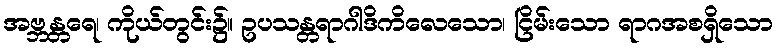
အဗ္ဘန္တရေ၊ ကိုယ်တွင်း၌။ ဥပသန္တရာဂါဒိကိလေသော၊ ငြိမ်းသော ရာဂအစရှိသော